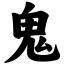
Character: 鬼